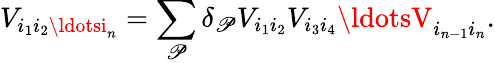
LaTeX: V_{i_{1}i_{2}\ldotsi_{n}}=\sum_{\mathscr{P}}\delta_{\mathscr{P}}V_{i_{1}i_{2}}V_{i_{3}i_{4}}\ldotsV_{i_{n-1}i_{n}}.